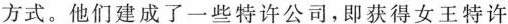
方式。他们建成了一些特许公司，即获得女王特许